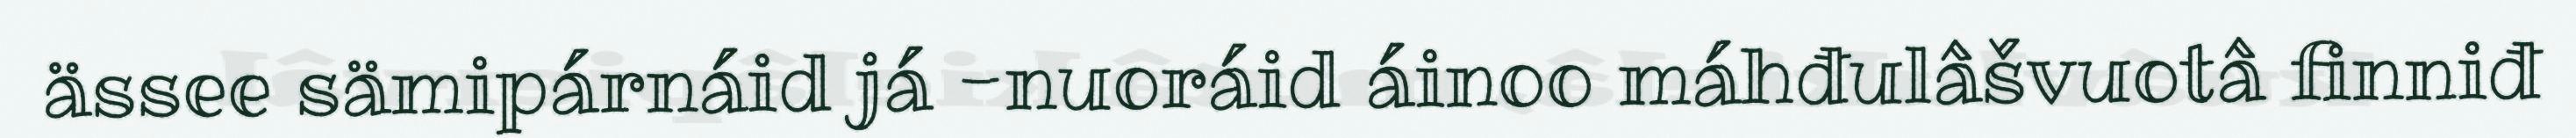
ässee sämipárnáid já -nuoráid áinoo máhđulâšvuotâ finniđ